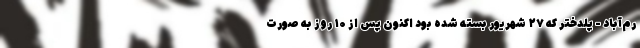
رم‌آباد - پلدختر که ۲۷ شهریور بسته شده بود اکنون پس از ۱۰ روز به صورت